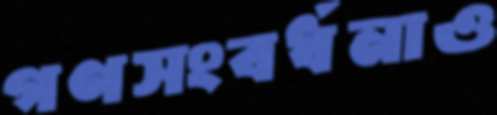
গণসংবর্ধনাও